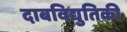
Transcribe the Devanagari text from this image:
दाबविद्युतिकी